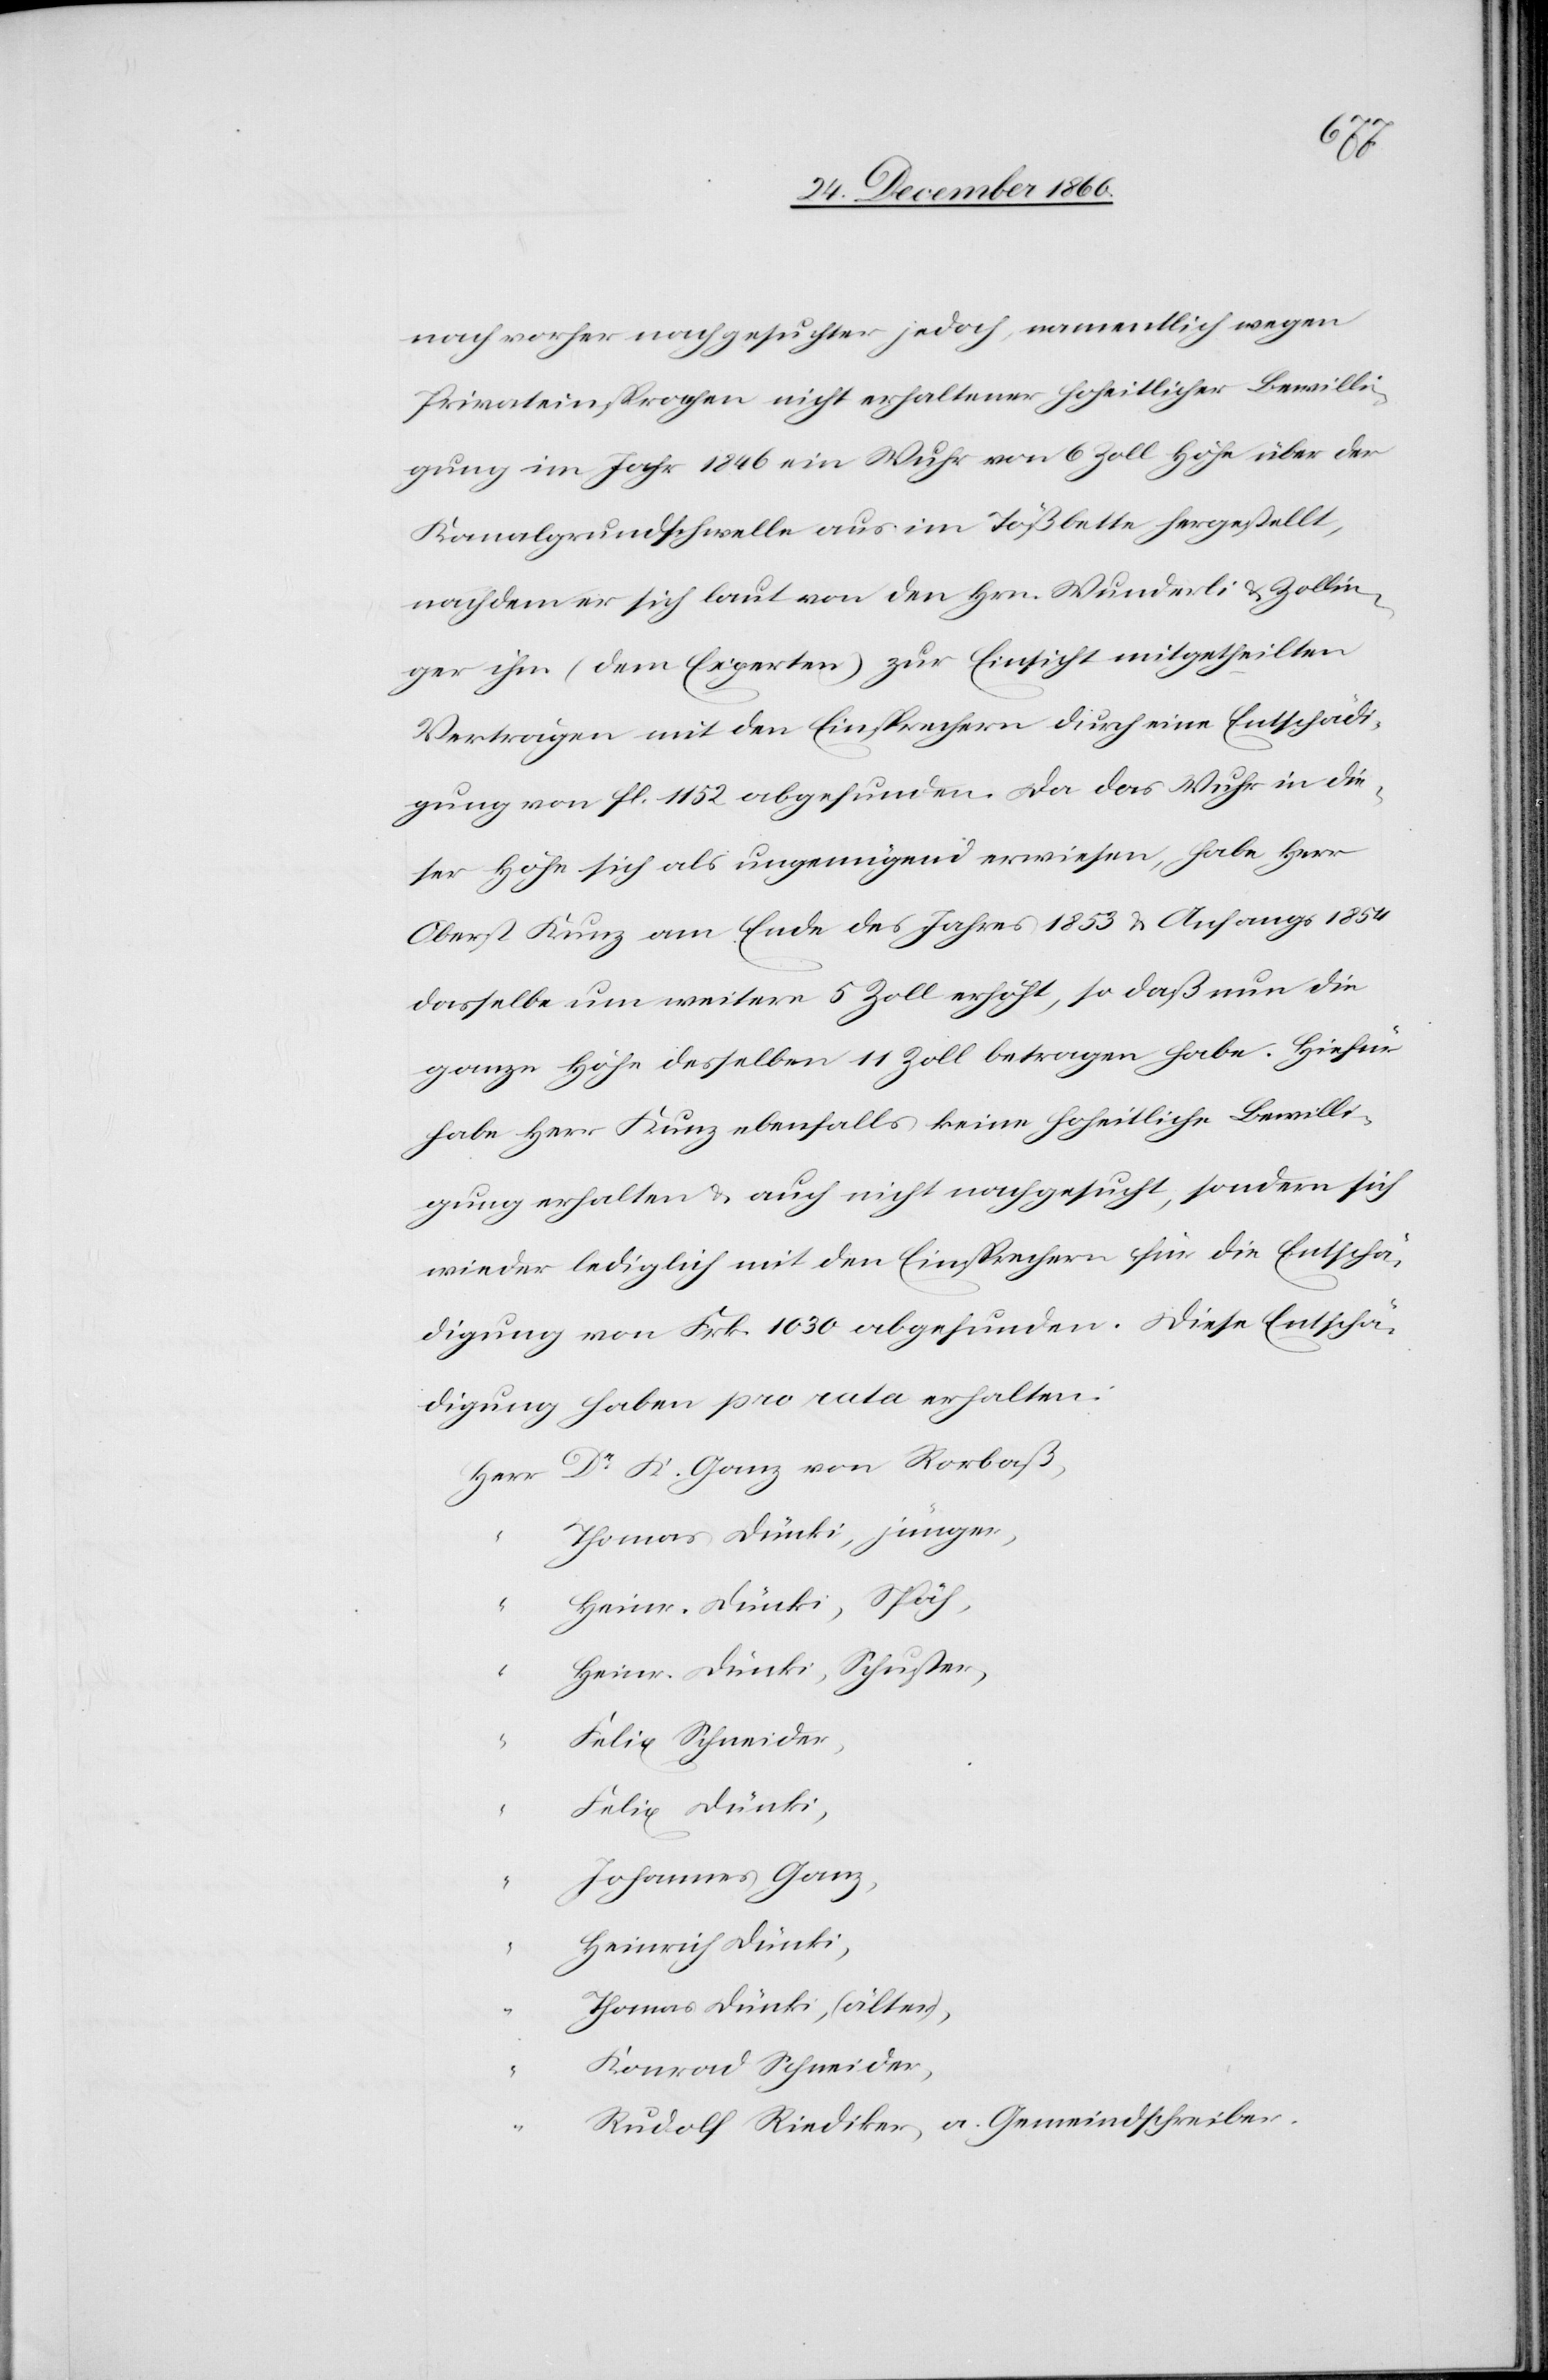
nach vorher nachgesuchter jedoch namentlich wegen
Privateinsprachen nicht erhaltener hoheitlicher Bewilli¬
gung im Jahr 1846 ein Wuhr von 6 Zoll Höhe über der
Kanalgrundschwelle aus im Tößbette hergestellt,
nachdem er sich laut von den Hrn. Wunderli u. Zollin¬
ger ihm (dem Experten) zur Einsicht mitgetheilten
Verträgen mit den Einsprechern durch eine Entschädi¬
gung von fl. 1152 abgefunden. Da das Wuhr in die¬
ser Höhe sich als ungenügend erwiesen, habe Herr
Oberst Kunz am Ende des Jahres 1853 u. Anfangs 1854
dasselbe um weitere 5 Zoll erhöht, so daß nun die
ganze Höhe desselben 11 Zoll betragen habe. Hiefür
habe Herr Kunz ebenfalls keine hoheitliche Bewilli¬
gung erhalten u. auch nicht nachgesucht, sondern sich
wider lediglich mit den Einsprechern für die Entschä¬
digung von Frk. 1030 abgefunden. Diese Entschä¬
digung haben pro rata erhalten:
Dr K. Ganz von Rorbaß,
Thomas Dünki, jünger,
Späh,
Schuster,
“
Heinr. Dünki,
Felix Schneider,
Felix Dünki,
Johannes Ganz,
Heinrich Dünki,
Thomas Dünki, (älter),
Konrad Schneider,
Rudolf Riediker, a. Gemeindschreiber.